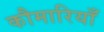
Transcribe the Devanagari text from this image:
कौमारियाँ